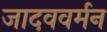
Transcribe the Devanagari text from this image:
जादववर्मन